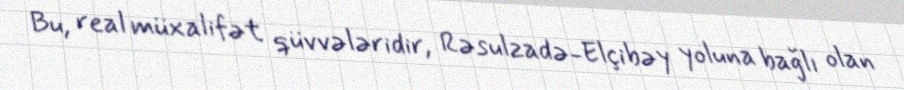
Bu, real müxalifət qüvvələridir, Rəsulzadə-Elçibəy yoluna bağlı olan